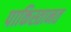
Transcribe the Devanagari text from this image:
पाकिस्तानत